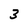
Character: 3